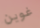
غوين